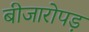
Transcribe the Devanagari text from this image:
बीजारोपड़